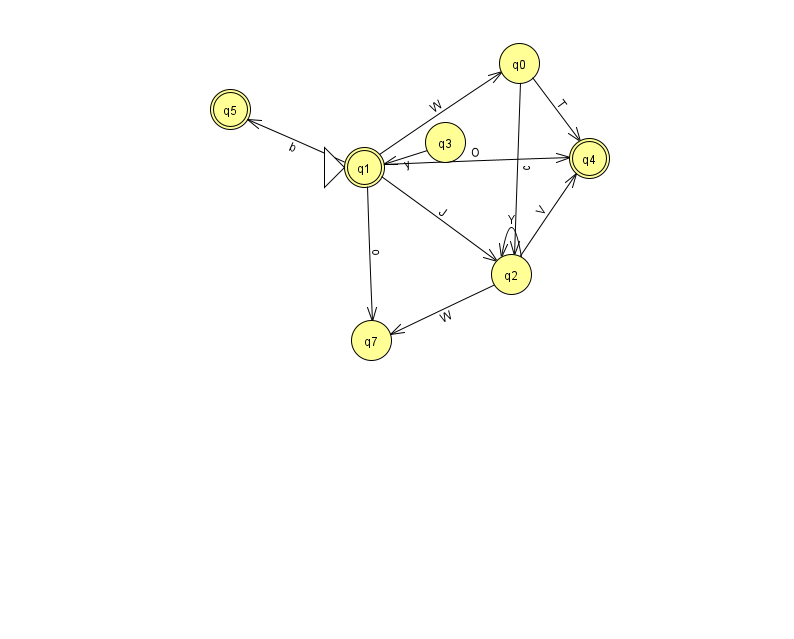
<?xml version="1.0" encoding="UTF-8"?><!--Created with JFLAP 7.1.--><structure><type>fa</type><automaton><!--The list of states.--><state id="0" name="q0"><x>519.0</x><y>50.0</y></state><state id="1" name="q1"><x>364.0</x><y>154.0</y><initial/><final/></state><state id="2" name="q2"><x>511.0</x><y>261.0</y></state><state id="3" name="q3"><x>445.0</x><y>129.0</y></state><state id="4" name="q4"><x>589.0</x><y>145.0</y><final/></state><state id="5" name="q5"><x>230.0</x><y>96.0</y><final/></state><state id="7" name="q7"><x>371.0</x><y>327.0</y></state><!--The list of transitions.--><transition><from>1</from><to>0</to><read>W</read></transition><transition><from>1</from><to>2</to><read>J</read></transition><transition><from>1</from><to>7</to><read>o</read></transition><transition><from>2</from><to>7</to><read>W</read></transition><transition><from>3</from><to>1</to><read>y</read></transition><transition><from>0</from><to>4</to><read>T</read></transition><transition><from>2</from><to>2</to><read>Y</read></transition><transition><from>1</from><to>4</to><read>O</read></transition><transition><from>2</from><to>4</to><read>V</read></transition><transition><from>0</from><to>2</to><read>c</read></transition><transition><from>1</from><to>5</to><read>b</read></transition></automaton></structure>